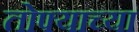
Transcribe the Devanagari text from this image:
तोफ्याच्या